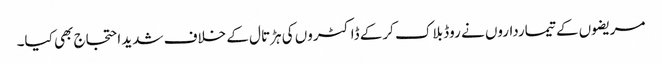
مریضوں کے تیمارداروں نے روڈ بلاک کرکے ڈاکٹروں کی ہڑتال کے خلاف شدید احتجاج بھی کیا۔